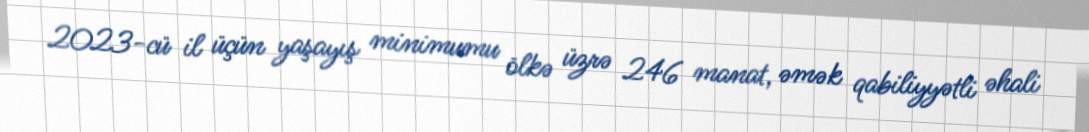
2023-cü il üçün yaşayış minimumu ölkə üzrə 246 manat, əmək qabiliyyətli əhali